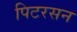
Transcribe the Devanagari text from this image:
पिटरसन